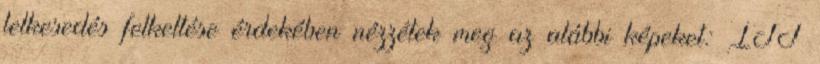
lelkesedés felkeltése érdekében nézzétek meg az alábbi képeket: ITT